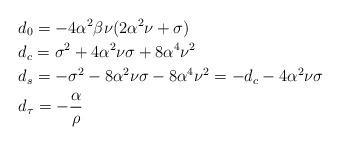
LaTeX: \begin{align*}& d_0 = -4\alpha^2\beta\nu(2\alpha^2 \nu+\sigma)\\& d_c = \sigma^2+4\alpha^2\nu \sigma + 8 \alpha^4\nu^2\\& d_s = -\sigma^2-8\alpha^2\nu \sigma - 8 \alpha^4\nu^2=-d_c-4\alpha^2\nu \sigma\\& d_\tau = -\frac{\alpha}{\rho}\end{align*}